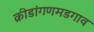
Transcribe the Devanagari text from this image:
क्रीडांगणमडगाव